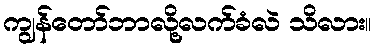
ကျွန်တော်ဘာလို့လက်ခံလဲ သိလား။